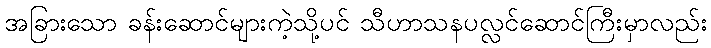
အခြားသော ခန်းဆောင်များကဲ့သို့ပင် သီဟာသနပလ္လင်ဆောင်ကြီးမှာလည်း